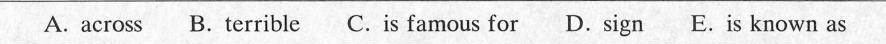
A. across B.Terrible C.Is famous for D.Sign E.Is known as